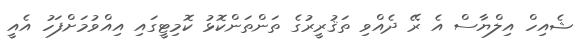
ޝެއިހް އިލްޔާސް އެ ރޭ ދެއްވި ތަޤުރީރުގެ ތަންތަންކޮޅު ކޮމިޓީގައި އިއްވުމަށްފަހު އެއީ